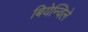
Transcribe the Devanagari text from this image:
बियेन्विले